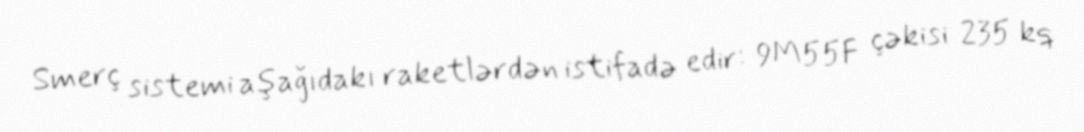
Smerç sistemi aşağıdakı raketlərdən istifadə edir: 9M55F çəkisi 235 kq